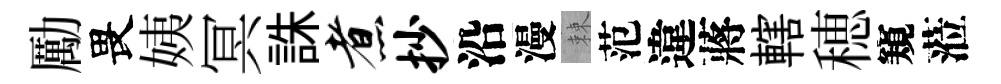
勵畏姨冥誅煮抄沿漫棘范違蔣轄穂窺蒞